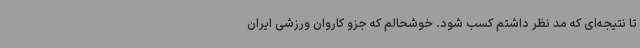
تا نتیجه‌ای که مد نظر داشتم کسب شود. خوشحالم که جزو کاروان ورزشی ایران